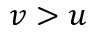
v > u